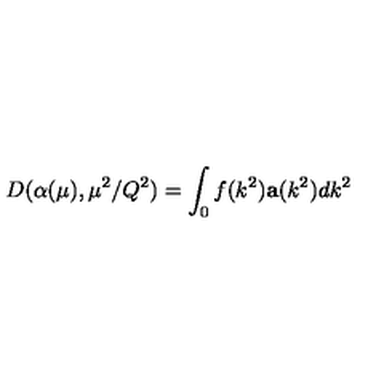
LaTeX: D ( \alpha ( \mu ) , \mu ^ { 2 } / Q ^ { 2 } ) = \int _ { 0 } f ( k ^ { 2 } ) \mathbf { a } ( k ^ { 2 } ) d k ^ { 2 }